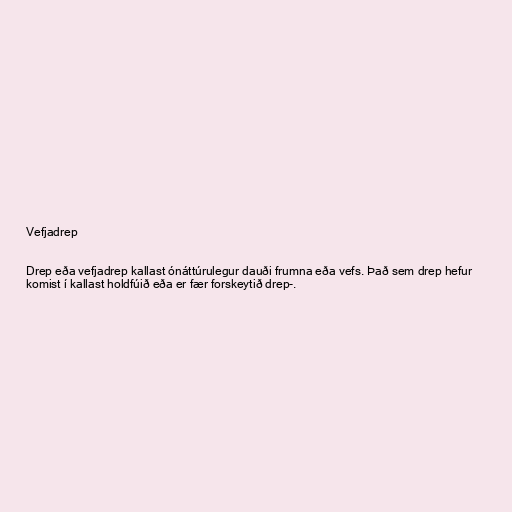
Vefjadrep

Drep eða vefjadrep kallast ónáttúrulegur dauði frumna eða vefs. Það sem drep hefur
komist í kallast holdfúið eða er fær forskeytið drep-.